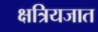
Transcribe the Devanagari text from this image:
क्षत्रियजात